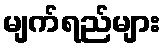
မျက်ရည်များ